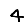
Digit: 4